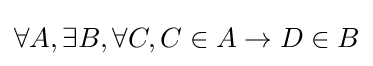
\forall A,\exists B,\forall C,C\in A\rightarrow D\in B